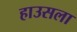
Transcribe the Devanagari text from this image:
हाउसला